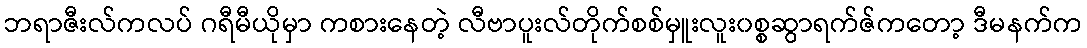
ဘရာဇီးလ်ကလပ် ဂရီမီယိုမှာ ကစားနေတဲ့ လီဗာပူးလ်တိုက်စစ်မှူးလူး၀စ္စဆွာရက်ဇ်ကတော့ ဒီမနက်က